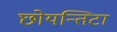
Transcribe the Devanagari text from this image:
छोयन्तिटा